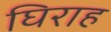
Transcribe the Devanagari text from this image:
घिराह